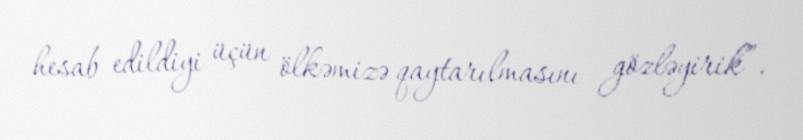
hesab edildiyi üçün ölkəmizə qaytarılmasını gözləyirik”.